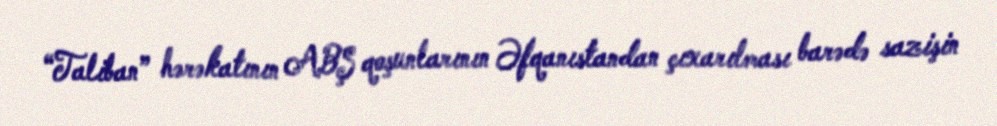
“Taliban” hərəkatının ABŞ qoşunlarının Əfqanıstandan çıxarılması barədə sazişin